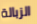
الزبالة